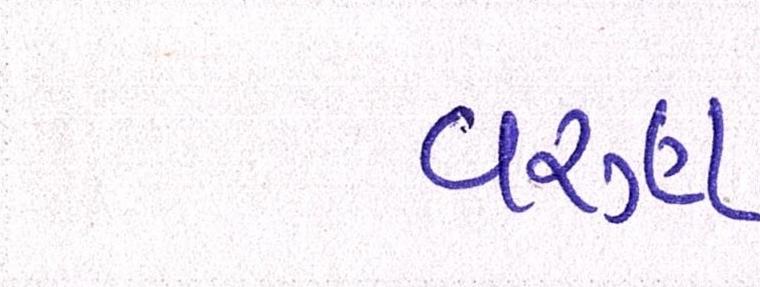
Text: વરૃણ